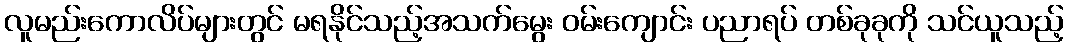
လူမည်းကောလိပ်များတွင် မရနိုင်သည့်အသက်မွေး ဝမ်းကျောင်း ပညာရပ် တစ်ခုခုကို သင်ယူသည့်